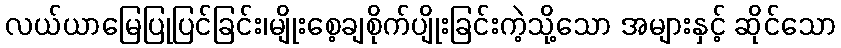
လယ်ယာမြေပြုပြင်ခြင်း၊မျိုးစေ့ချစိုက်ပျိုးခြင်းကဲ့သို့သော အများနှင့် ဆိုင်သော